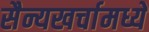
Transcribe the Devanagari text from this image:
सैन्यखर्चामध्ये